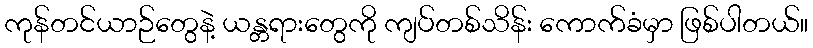
ကုန်တင်ယာဉ်တွေနဲ့ ယန္တရားတွေကို ကျပ်တစ်သိန်း ကောက်ခံမှာ ဖြစ်ပါတယ်။